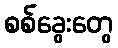
စစ်ခွေးတွေ